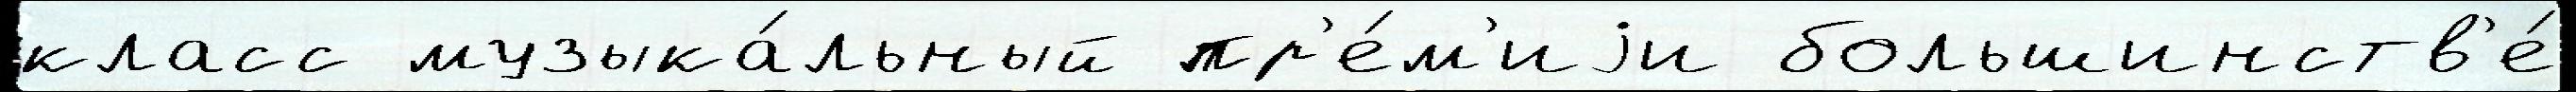
класс музыка́льный пр'е́м'иjи большинств'е́